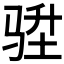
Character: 𮹇